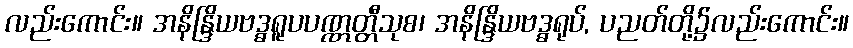
လည်းကောင်း။ အနိန္ဒြိယဗဒ္ဓရူပပဏ္ဏတ္တီသုစ၊ အနိန္ဒြိယဗဒ္ဓရုပ်, ပညတ်တို့၌လည်းကောင်း။